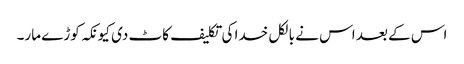
اس کے بعد اس نے بالکل خدا کی تکلیف کاٹ دی کیونکہ کوڑے مار۔